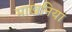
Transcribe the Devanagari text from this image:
माखनिया